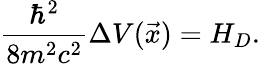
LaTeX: \frac{\hbar^{2}}{8m^{2}c^{2}}\Delta V(\vec{x})=H_{D}.